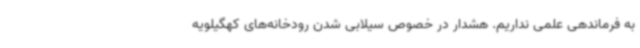
به فرماندهی علمی نداریم. هشدار در خصوص سیلابی شدن رودخانه‌های کهگیلویه